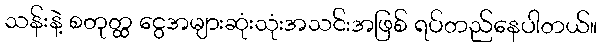
သန်းနဲ့ စတုတ္ထ ငွေအများဆုံးသုံးအသင်းအဖြစ် ရပ်တည်နေပါတယ်။